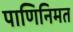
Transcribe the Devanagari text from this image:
पाणिनिमत